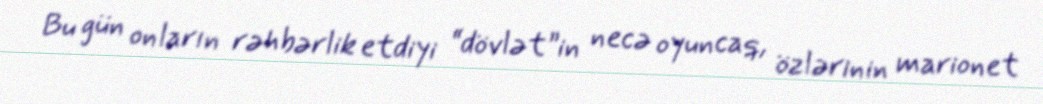
Bu gün onların rəhbərlik etdiyi “dövlət”in necə oyuncaq, özlərinin marionet